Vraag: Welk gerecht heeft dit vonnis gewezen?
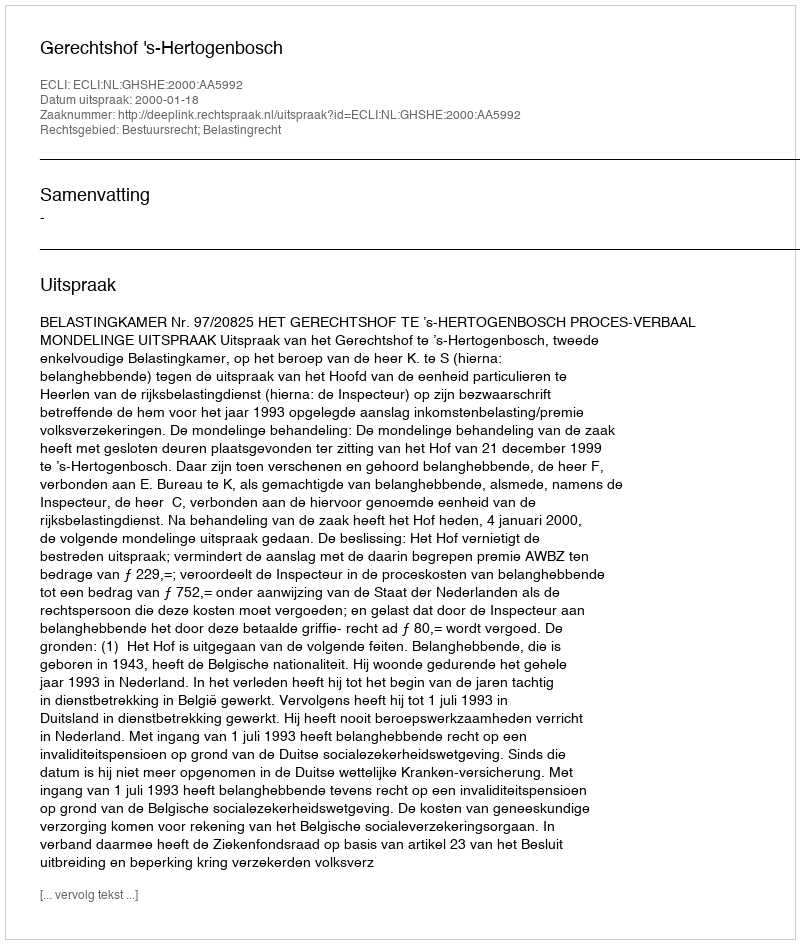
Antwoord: Gerechtshof 's-Hertogenbosch